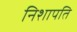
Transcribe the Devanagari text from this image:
निशापति